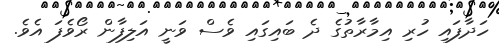
ހަދާފައި ހުރި އިމާރާތުގެ ދެ ބައިގައި ވެސް ވަނީ އަލިފާން ރޯވެފަ އެވެ.